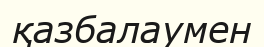
қазбалаумен